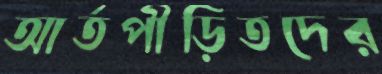
আর্তপীড়িতদের